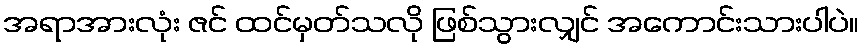
အရာအားလုံး ဇင် ထင်မှတ်သလို ဖြစ်သွားလျှင် အကောင်းသားပါပဲ။